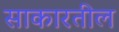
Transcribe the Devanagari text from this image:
साकारतील